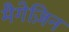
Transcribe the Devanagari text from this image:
मैगेज़िन